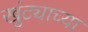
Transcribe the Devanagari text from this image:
खुंट्याच्या